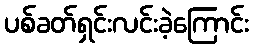
ပစ်ခတ်ရှင်းလင်းခဲ့ကြောင်း